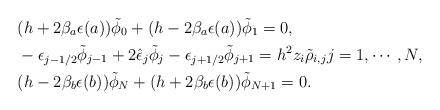
LaTeX: \begin{align*}& (h+2\beta_a \epsilon(a)) \tilde \phi_0 + (h-2\beta_a \epsilon(a)) \tilde \phi_1 =0, \\ & -\epsilon_{j-1/2} \tilde \phi_{j-1} + 2 \hat \epsilon_j \tilde \phi_j - \epsilon_{j+1/2} \tilde \phi_{j+1} = h^2 z_i \tilde \rho_{i, j} j=1,\cdots, N,\\& (h-2\beta_b\epsilon(b))\tilde \phi_N + (h+2\beta_b\epsilon(b)) \tilde \phi_{N+1}=0. \end{align*}